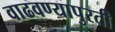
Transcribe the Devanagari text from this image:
वाढवण्यापुरती